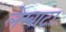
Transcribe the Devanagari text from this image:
लेम्बाटा